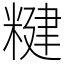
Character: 䊕